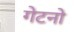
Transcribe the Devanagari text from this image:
गेटनो